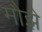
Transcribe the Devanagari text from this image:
मौझे